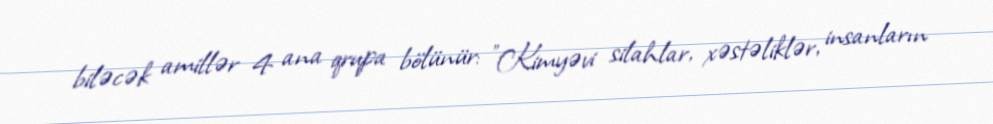
biləcək amillər 4 ana qrupa bölünür: "Kimyəvi silahlar, xəstəliklər, insanların